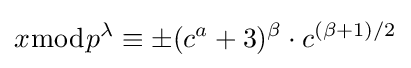
x{\bmod {p^{\lambda }}}\equiv \pm (c^{a}+3)^{\beta }\cdot c^{(\beta +1)/2}